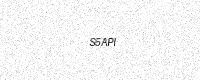
Text: S5API